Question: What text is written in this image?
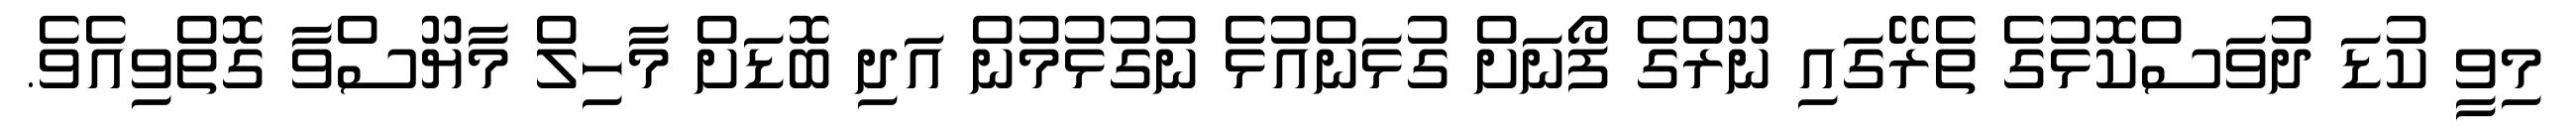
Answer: މިވީ ކުޑަ ދުވަސްކޮޅުގެ ތެރޭގައި ނޫރްގެ ފޯނަށް ގުޅަންއުޅެ ނުގުޅުމުން އަދި ބޮޑަށް މާހިލް މާޔޫސްވާ ގޮތްވިއެވެ.